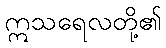
ဣသရေလတို့၏